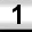
Digit: 1